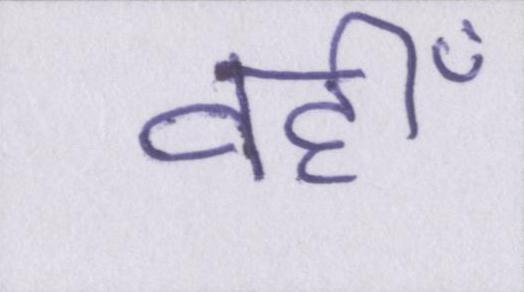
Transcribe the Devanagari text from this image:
वहीँ